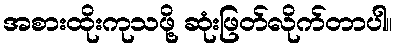
အစားထိုးကုသဖို့ ဆုံးဖြတ်လိုက်တာပါ။